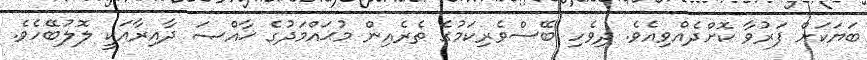
ބަޔަކަށް ފަރުވާ ކޮށްދެއްވިއެވެ. ދިވެހި ބޭސްވެރިކަމުގެ ތެރެއިން މުޙައްމަދުގެ ޚާއްޞަ ދާއިރާއަކީ ލޮލުބޭހެވެ.